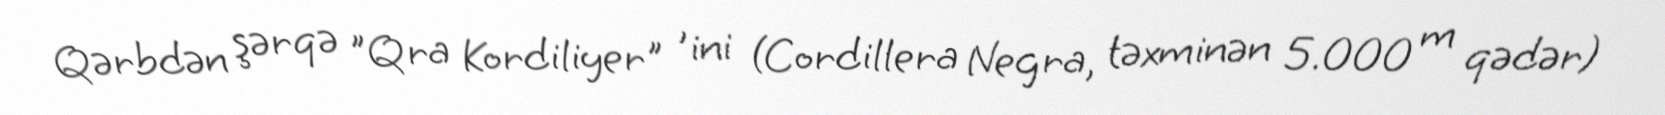
Qərbdən şərqə "Qra Kordiliyer" 'ini (Cordillera Negra, təxminən 5.000 m qədər)